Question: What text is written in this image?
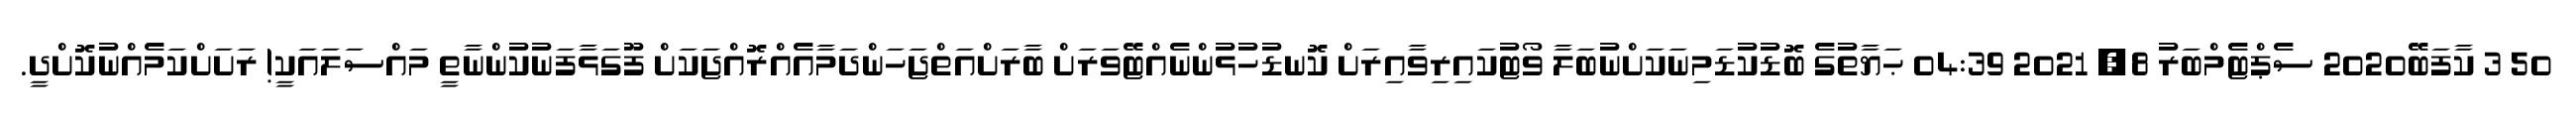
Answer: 50 3 ކާފަބޭ2020 ސެޕްޓެމްބަރު 8, 2021 04:39 ޙަޔާތުގެ ބޮޑުކުޑަމިނަކަށްނުބަލާ ވޯޓުކައިރިވާއިރަށް ކޮނޑުހުޅުންނެއްޓޭވަރަށް ބާރަށްއަތްޖަހަންދަމާއެއްރޮއްޖަކަށް ފޫގަޅާފަނުކުންނާތީ މައްސަލައަކީ! ރަށަށްކަމެއްނުކޮށްދީ.